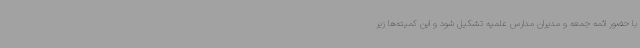
با حضور ائمه جمعه و مدیران مدارس علمیه تشکیل شود و این کمیته‌ها زیر